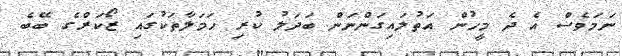
ނަމަވެސް އެ ދެ މީހުން އަތުލައިގަންނަން ބަދަލު ކުރި ހަމަލާތަކުގައި ޒޯކަރްގެ ބޭބެ